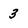
Character: 3